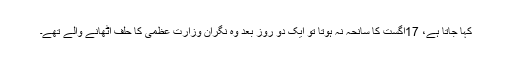
کہا جاتا ہے، 17اگست کا سانحہ نہ ہوتا تو ایک دو روز بعد وہ نگران وزارتِ عظمیٰ کا حلف اُٹھانے والے تھے۔